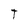
Character: T